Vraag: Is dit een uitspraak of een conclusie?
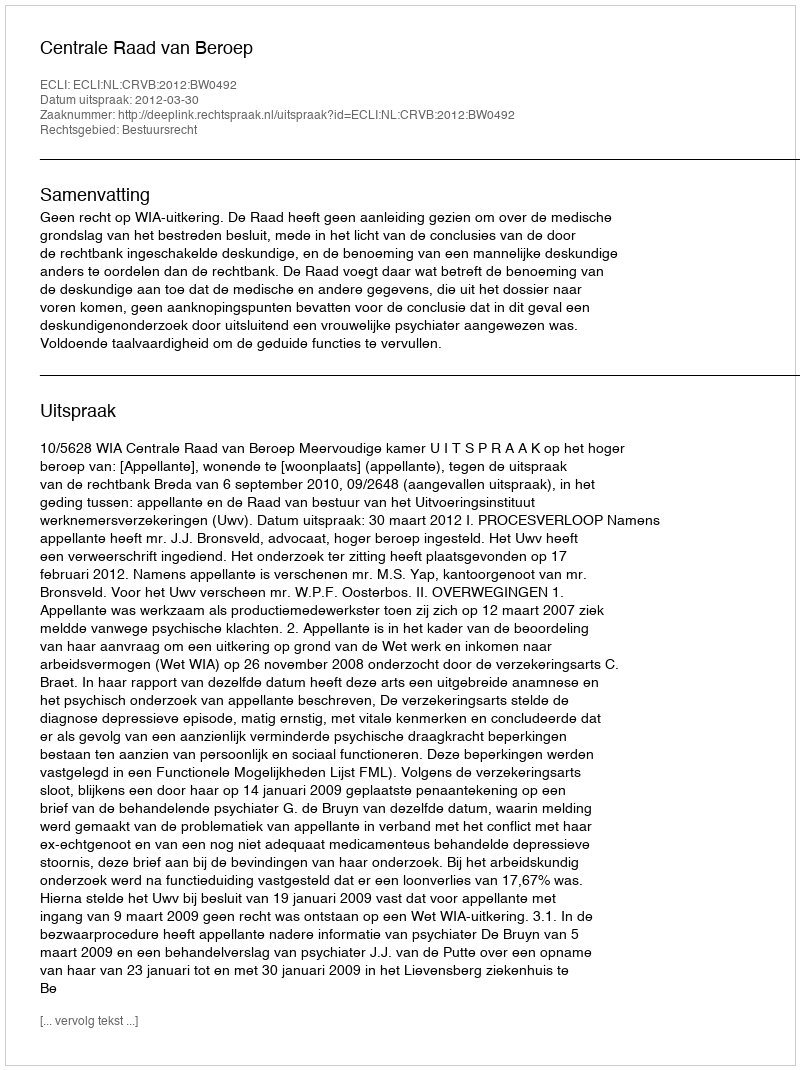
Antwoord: Uitspraak